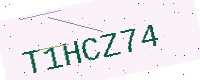
Text: T1HCZ74